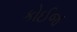
કોઈજ